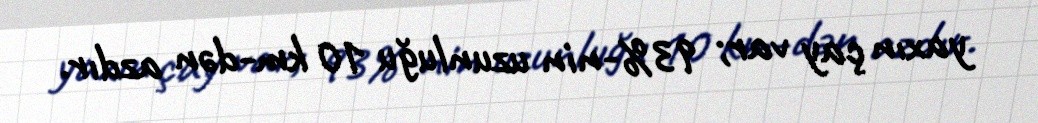
yaxın çay var; 93%-nin uzunluğu 10 km-dən azdır.